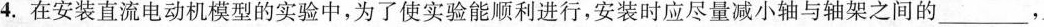
4.在安装直流电动机模型的实验中，为了使实验能顺利进行，安装时应尽量减小轴与轴架之间的___，